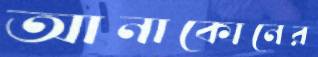
আনাকোনের